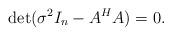
LaTeX: \begin{align*}\det(\sigma^2 I_n-A^HA)=0.\end{align*}